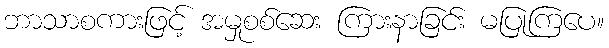
ဘာသာစကားဖြင့် အမှုစစ်ဆေး ကြားနာခြင်း မပြုကြပေ။